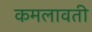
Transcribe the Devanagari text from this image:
कमलावती